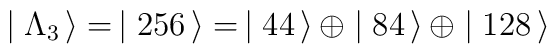
\mid \Lambda_3 \, \rangle  = \, \mid 256 \, \rangle = \, \mid 44 \, \rangle \, \oplus \mid 84 \, \rangle \, \oplus \mid 128 \, \rangle